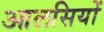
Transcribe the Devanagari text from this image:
आलसियों